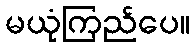
မယုံကြည်ပေ။